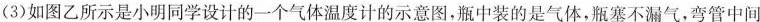
(3)如图乙所示是小明同学设计的一个气体温度计的示意图，瓶中装的是气体，瓶塞不漏气，弯管中间